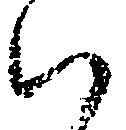
ハ